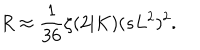
R \approx \frac { 1 } { 3 6 } \zeta ( 2 | K ) ( s L ^ { 2 } ) ^ { 2 } .